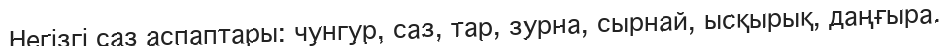
Негізгі саз аспаптары: чунгур, саз, тар, зурна, сырнай, ысқырық, даңғыра.